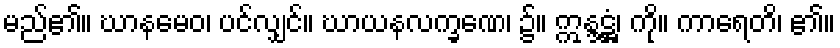
မည်၏။ ဃာနမေဝ၊ ပင်လျှင်။ ဃာယနလက္ခဏေ၊ ၌။ ဣန္ဒဋ္ဌံ၊ ကို။ ကာရေတိ၊ ၏။